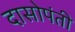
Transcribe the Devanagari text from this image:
दासोपंती